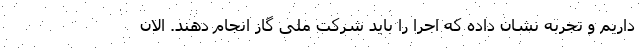
داریم و تجربه نشان داده که اجرا را باید شرکت ملی گاز انجام دهند. الان